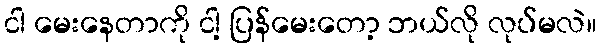
ငါ မေးနေတာကို ငါ့ ပြန်မေးတော့ ဘယ်လို လုပ်မလဲ။